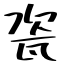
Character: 瓷